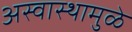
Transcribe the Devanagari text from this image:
अस्वास्थामुळे